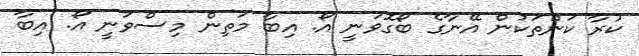
ކުރާ ކަންތަކުން އޭނާގެ ބޯގޮވަނީ އޯ. އިބާ މަތިން މިސްވަނީ އޯ. އިބާ